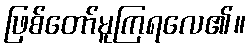
ဖြစ်တော်မူကြရလေ၏။